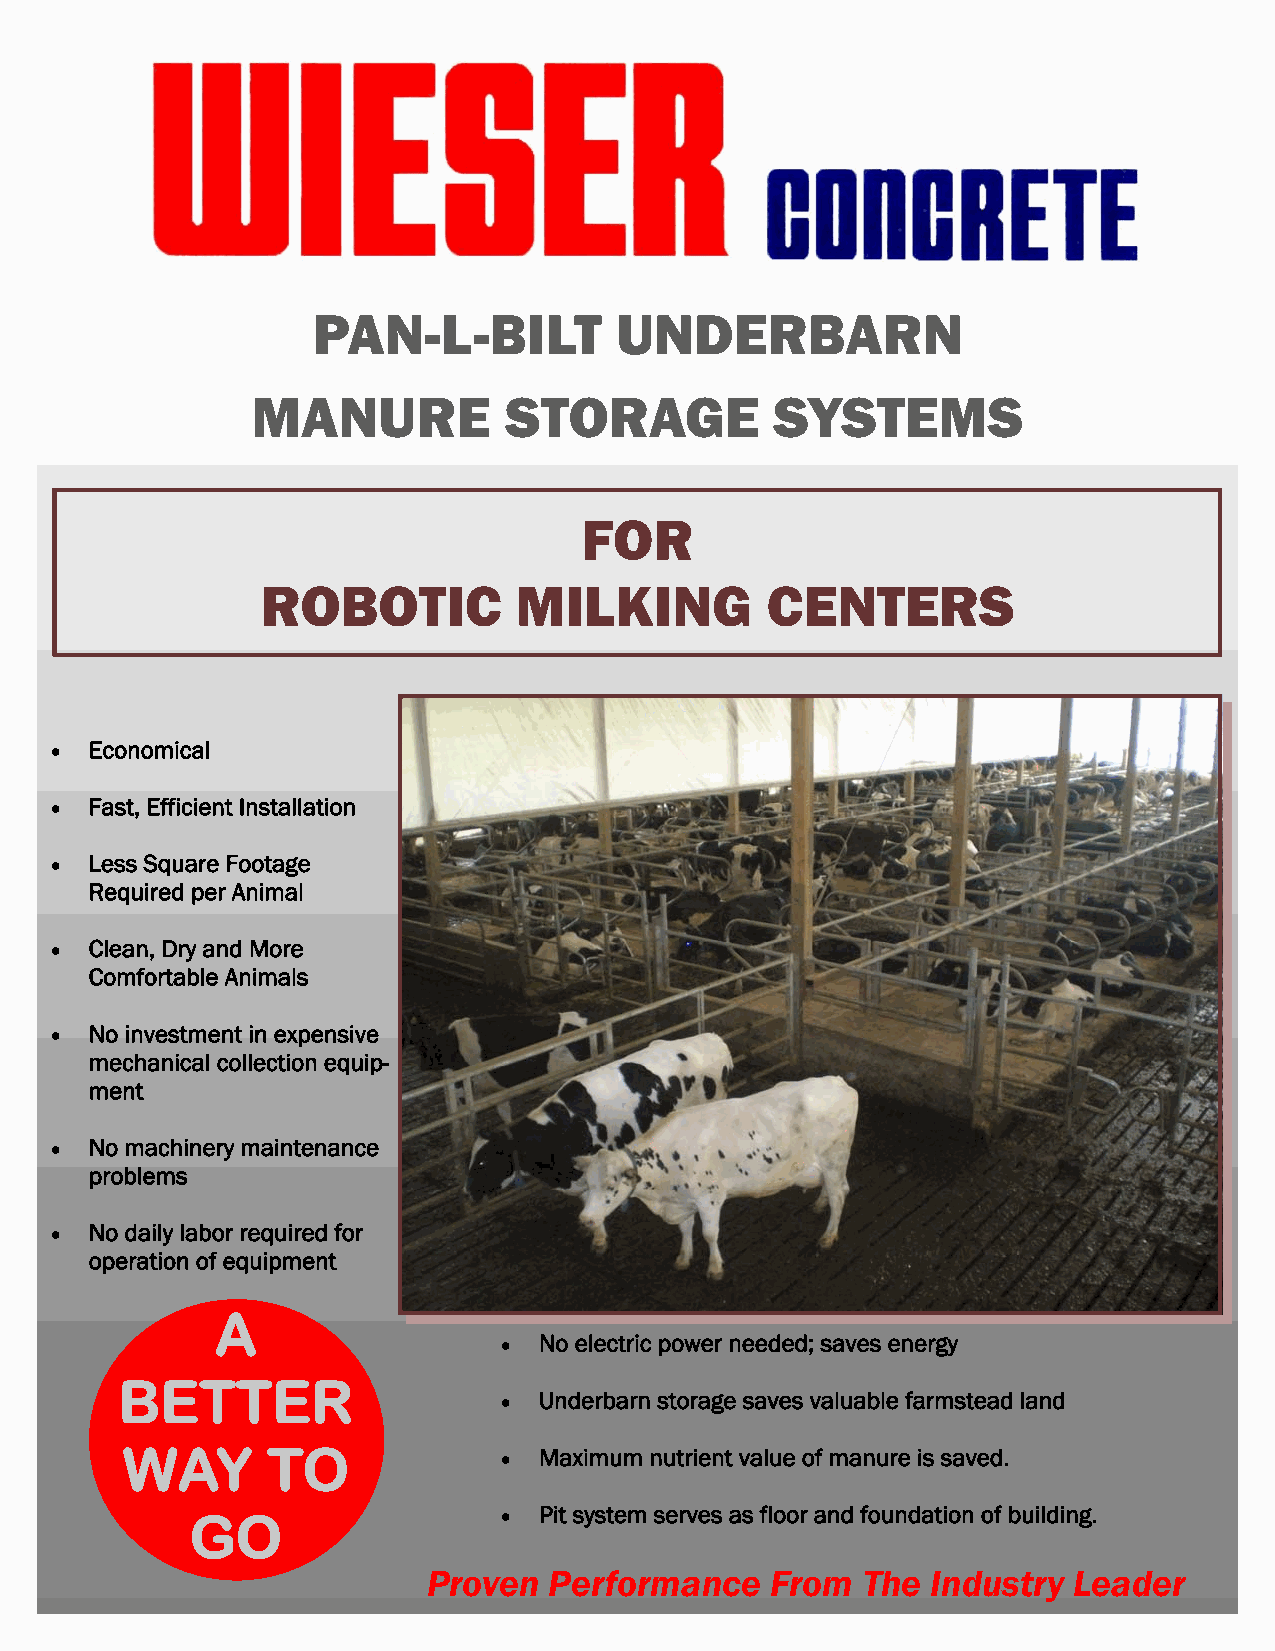
PAN-L-BILT          UNDERBARN
 MANURE          STORAGE           SYSTEMS
 FOR
 ROBOTIC          MILKING          CENTERS
  Economical
  Fast, Efficient Installation
  Less Square Footage
 Required per Animal
  Clean, Dry and More
 Comfortable Animals
  No investment in expensive
 mechanical collection equip-
 ment
  No machinery maintenance
 problems
  No daily labor required for
 operation of equipment
 A
  No electric power needed; saves energy
 BETTER
  Underbarn storage saves valuable farmstead land
 WAY       TO              Maximum nutrient value of manure is saved.
 GO                   Pit system serves as floor and foundation of building.
 Proven  Performance    From  The  Industry Leader